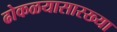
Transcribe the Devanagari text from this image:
ढोकळयासारख्या